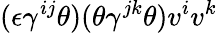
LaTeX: (\epsilon\gamma^{ij}\theta)(\theta\gamma^{jk}\theta)v^{i}v^{k}